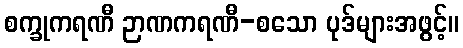
စက္ခုကရဏီ ဉာဏကရဏီ-စသော ပုဒ်များအဖွင့်။